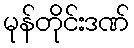
မုန်တိုင်းဒဏ်